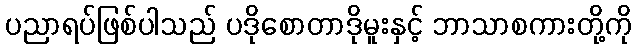
ပညာရပ်ဖြစ်ပါသည် ပဒိုစောတာဒိုမူးနှင့် ဘာသာစကားတို့ကို